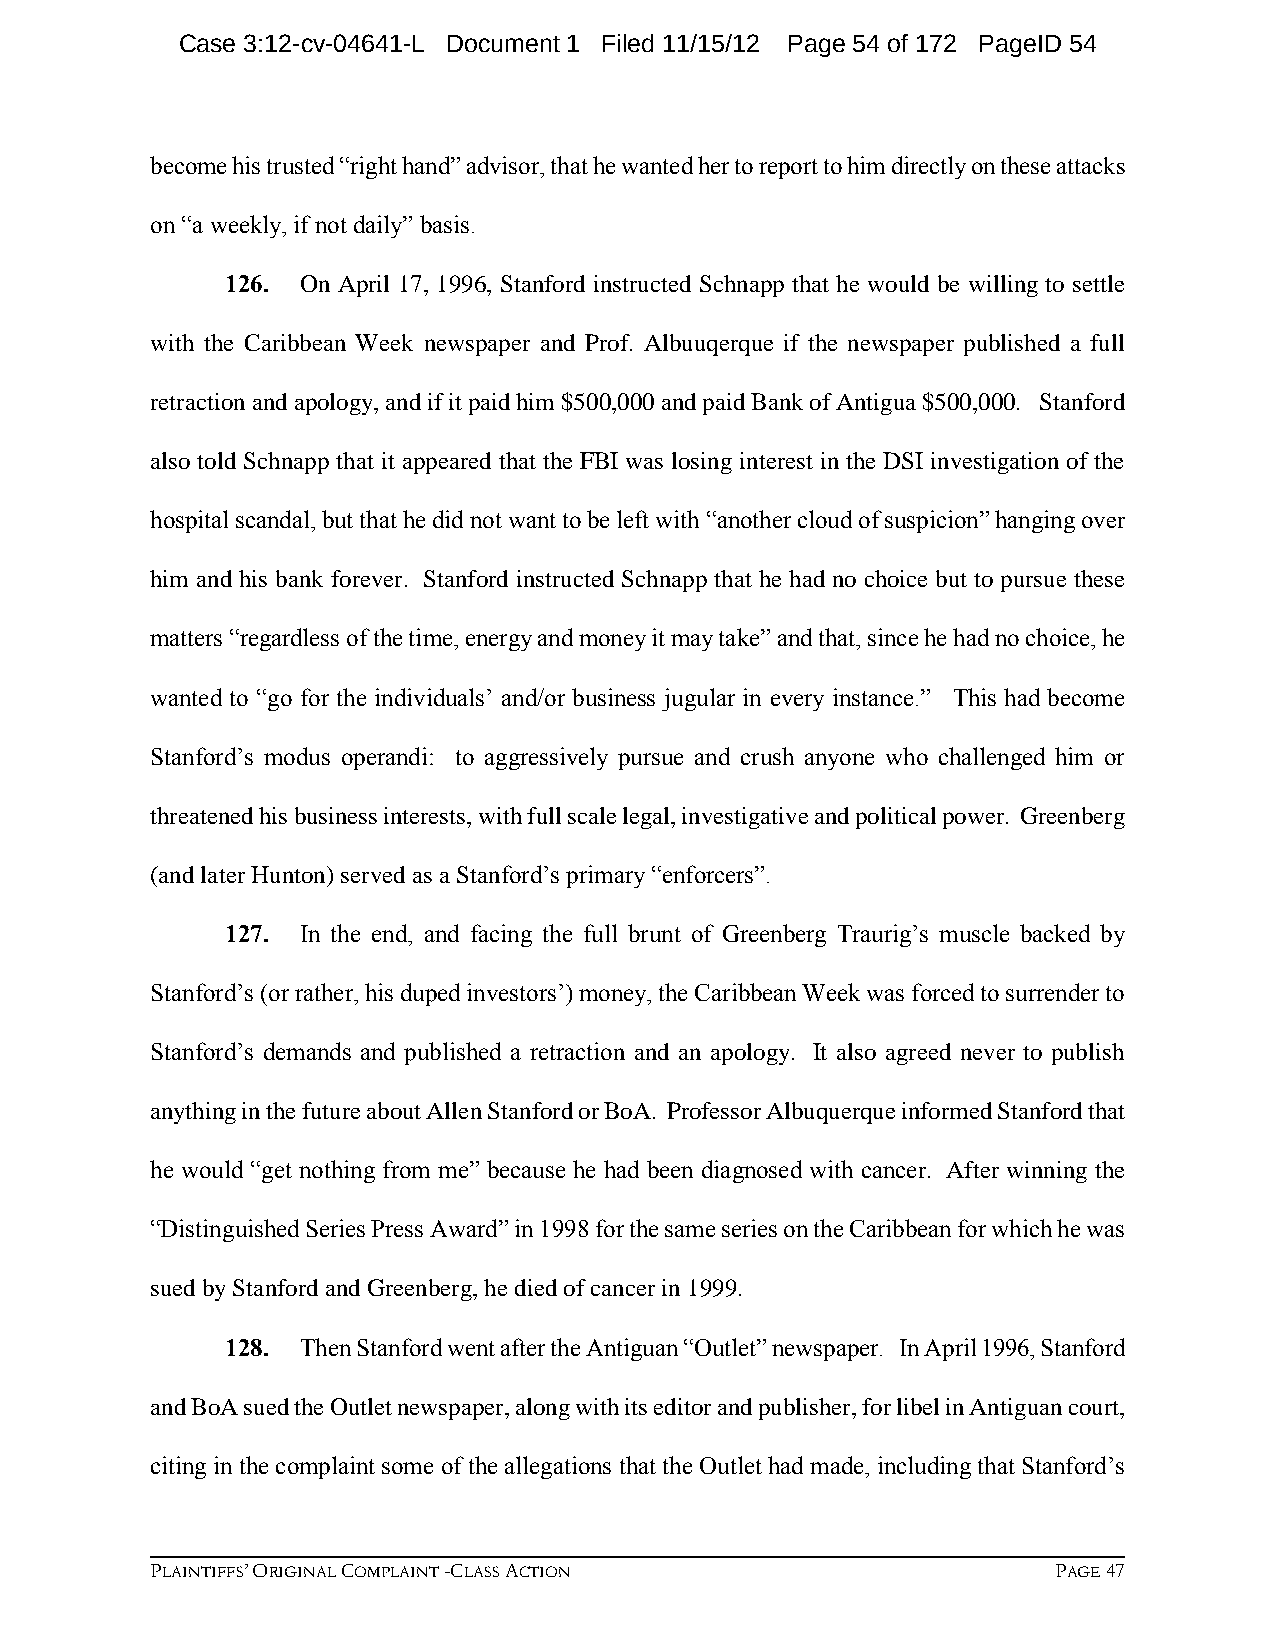
Case 3:12-cv-04641-L Document 1 Filed 11/15/12 Page 54 of 172 PageID 54
 become his trusted “right hand” advisor, that he wanted her to report to him directly on these attacks
 on “a weekly, if not daily” basis.
 126. On April 17, 1996, Stanford instructed Schnapp that he would be willing to settle
 with the Caribbean Week newspaper and Prof. Albuuqerque if the newspaper published a full
 retraction and apology, and if it paid him $500,000 and paid Bank of Antigua $500,000. Stanford
 also told Schnapp that it appeared that the FBI was losing interest in the DSI investigation of the
 hospital scandal, but that he did not want to be left with “another cloud of suspicion” hanging over
 him and his bank forever. Stanford instructed Schnapp that he had no choice but to pursue these
 matters “regardless of the time, energy and money it may take” and that, since he had no choice, he
 wanted to “go for the individuals’ and/or business jugular in every instance.” This had become
 Stanford’s modus operandi: to aggressively pursue and crush anyone who challenged him or
 threatened his business interests, with full scale legal, investigative and political power. Greenberg
 (and later Hunton) served as a Stanford’s primary “enforcers”.
 127. In the end, and facing the full brunt of Greenberg Traurig’s muscle backed by
 Stanford’s (or rather, his duped investors’) money, the Caribbean Week was forced to surrender to
 Stanford’s demands and published a retraction and an apology. It also agreed never to publish
 anything in the future about Allen Stanford or BoA. Professor Albuquerque informed Stanford that
 he would “get nothing from me” because he had been diagnosed with cancer. After winning the
 “Distinguished Series Press Award” in 1998 for the same series on the Caribbean for which he was
 sued by Stanford and Greenberg, he died of cancer in 1999.
 128. Then Stanford went after the Antiguan “Outlet” newspaper. In April 1996, Stanford
 and BoA sued the Outlet newspaper, along with its editor and publisher, for libel in Antiguan court,
 citing in the complaint some of the allegations that the Outlet had made, including that Stanford’s
 PLAINTIFFS’ ORIGINAL COMPLAINT -CLASS ACTION                PAGE 47